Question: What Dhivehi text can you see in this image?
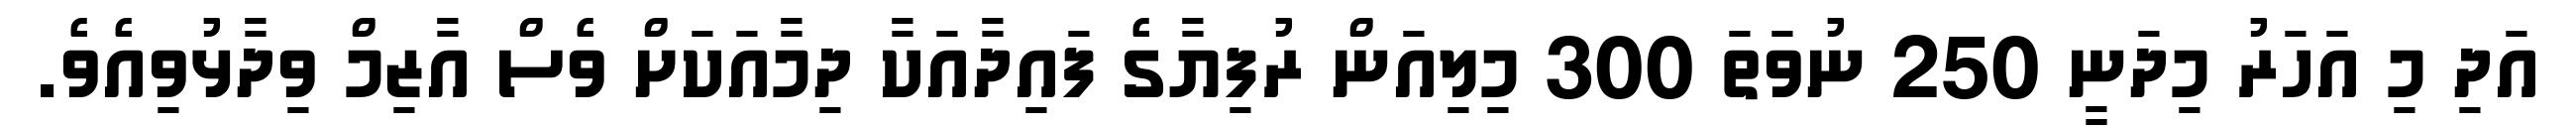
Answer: އަދި މި އަހަރު މިދަނީ 250 ނުވަތަ 300 މިލިއަން ރުފިޔާގެ ފައިދާއަކާ ދިމާއަކަށް ވެސް އާޒިމް ވިދާޅުވިއެވެ.